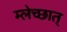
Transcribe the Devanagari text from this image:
म्लेच्छात्